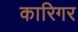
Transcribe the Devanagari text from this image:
कारिगर